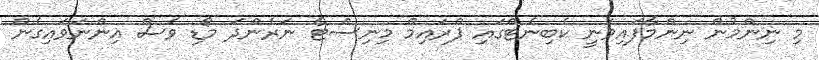
މި ނިންމުން ނިންމާފައިވަނީ ކެބިނެޓްގައި ޕްރައިމް މިނިސްޓާ ނަރެންދަ މޯޑި ވެސް އިންނަވައިގެން